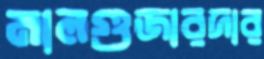
মালগুজারদার